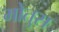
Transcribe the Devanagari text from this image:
मोतुस